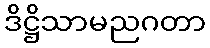
ဒိဋ္ဌိသာမညဂတာ